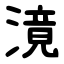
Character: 滰